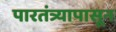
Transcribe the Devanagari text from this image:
पारतंत्र्यापासून